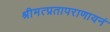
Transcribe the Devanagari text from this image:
श्रीमत्प्रतापराणायनं